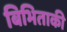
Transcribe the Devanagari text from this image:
बिभिताकी